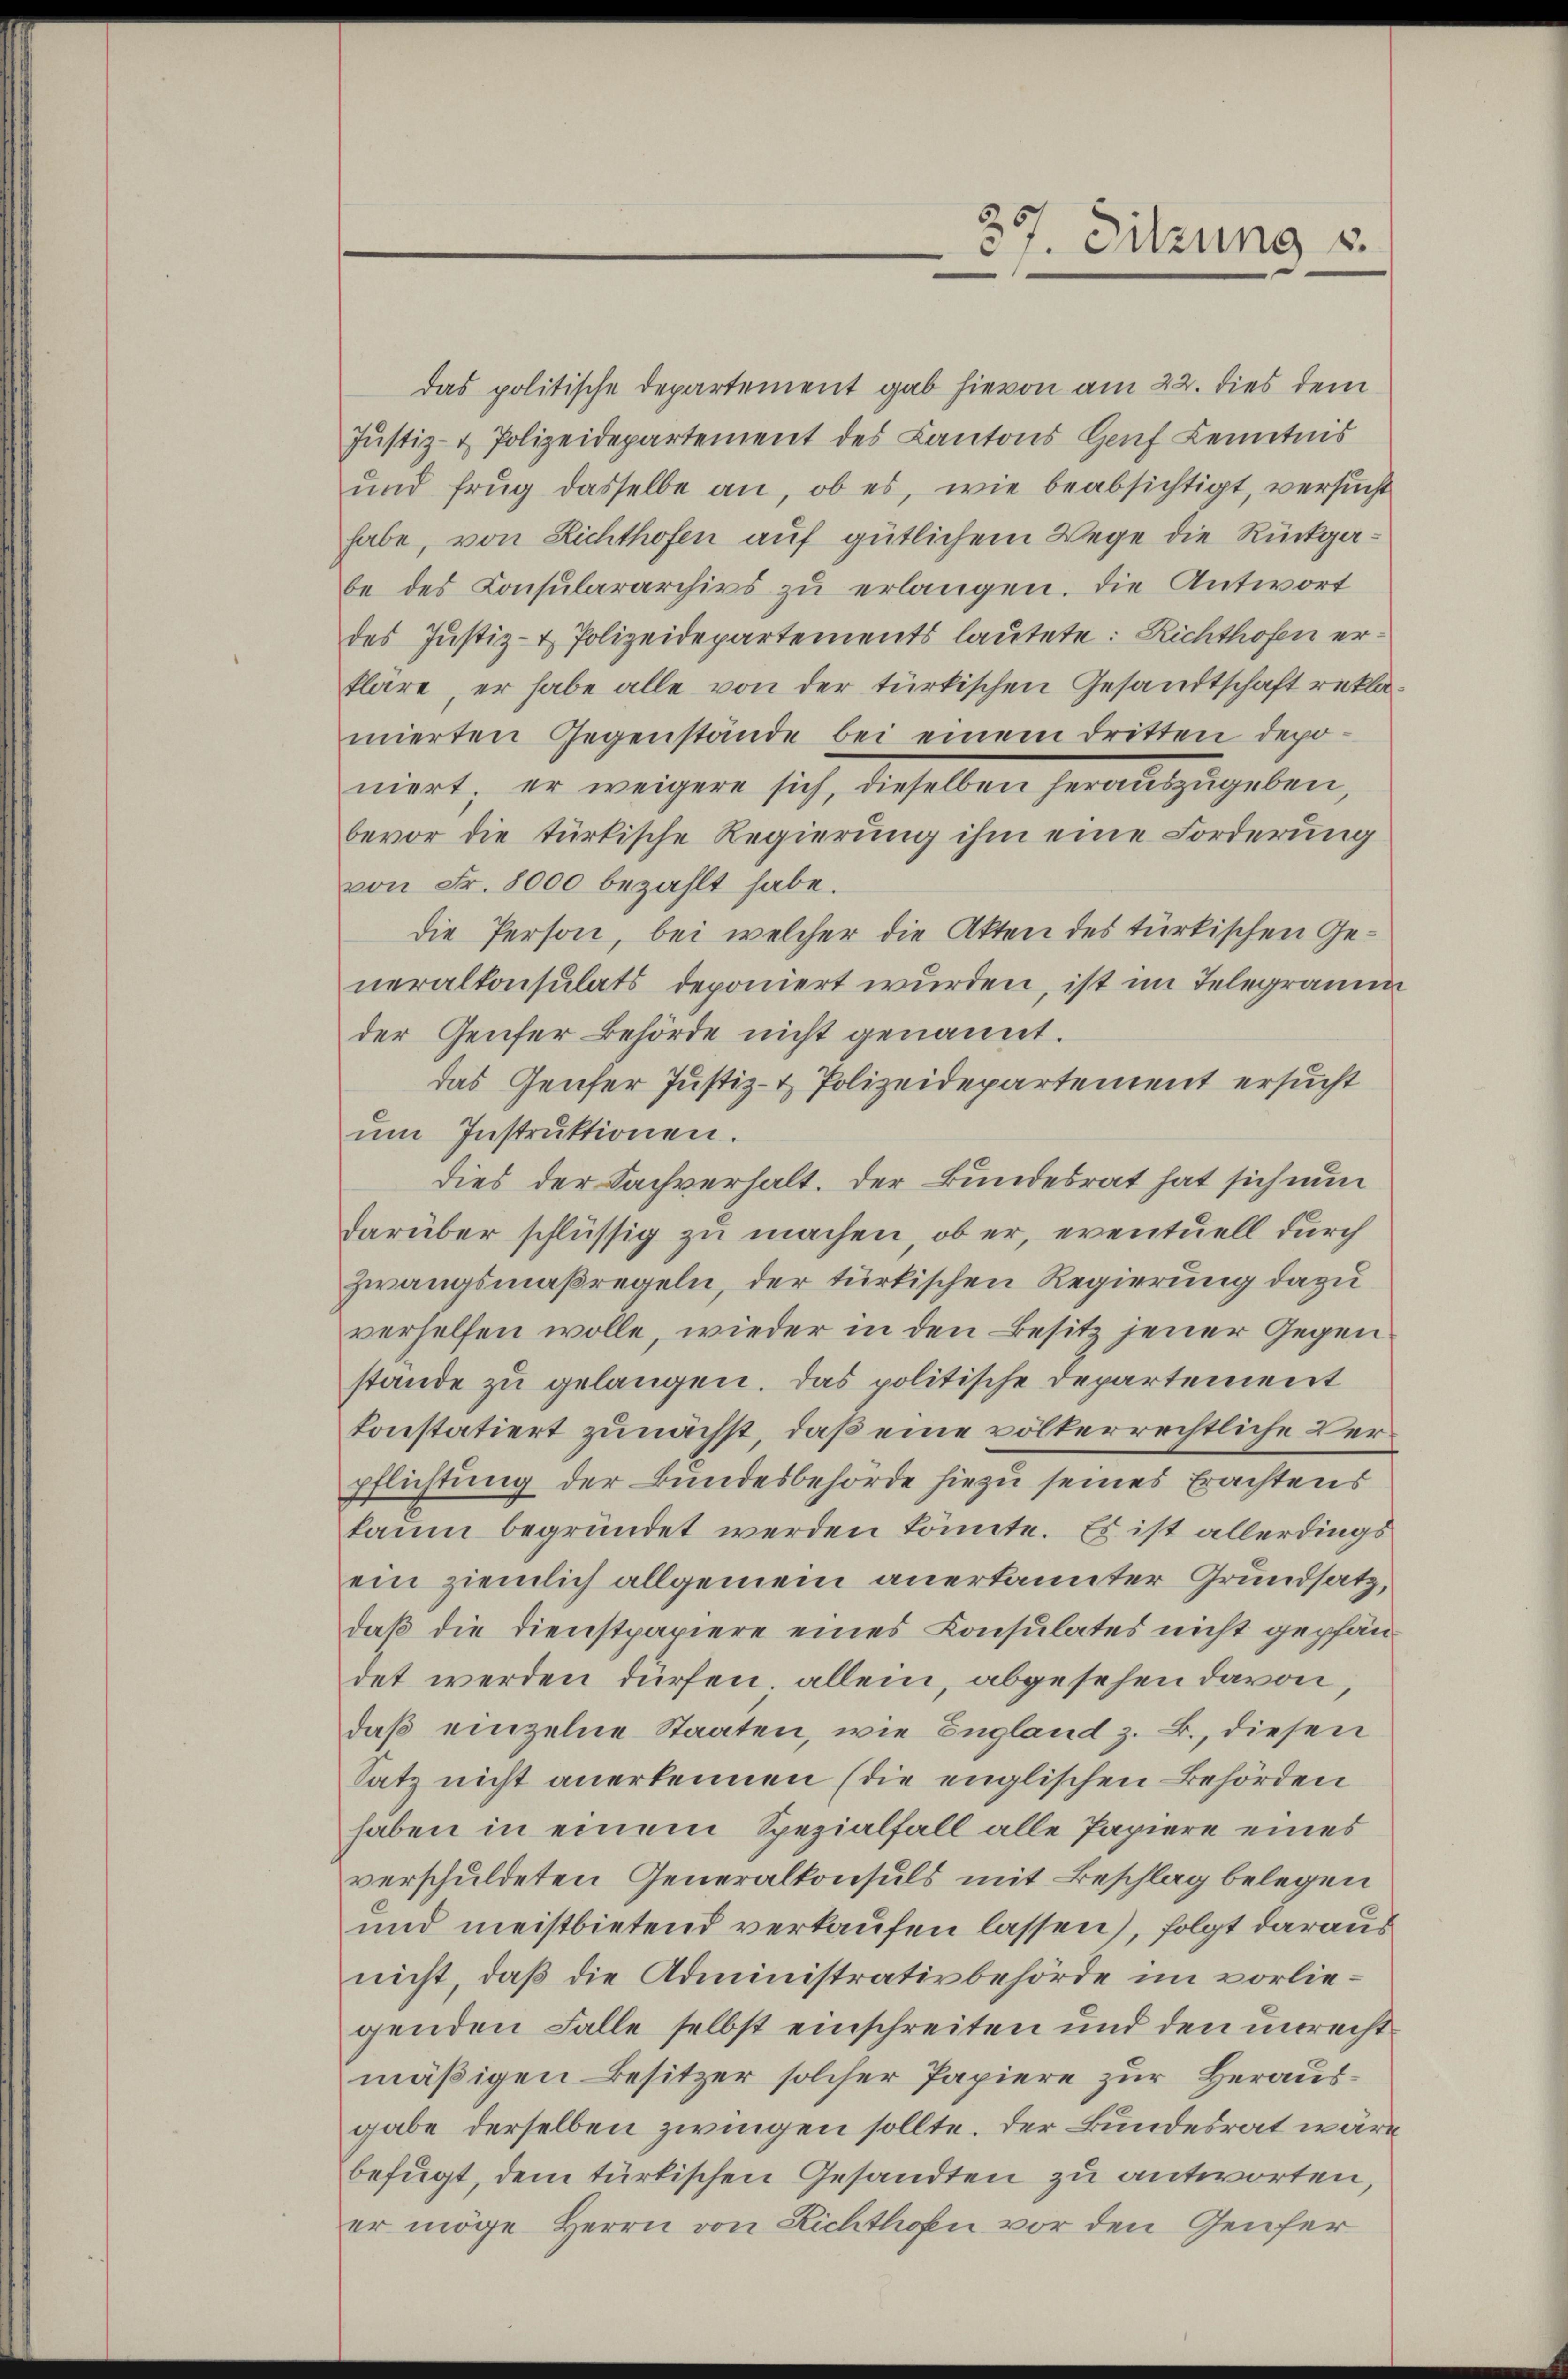
das politische Departement gab hievon am 22. dies dem
Jŭstiz- & Polizeidepartement des Kantons Genf Kenntnis
und frug dasselbe an, ob es, wie beabsichtigt, versucht
habe, von Richthofen auf gütlichem Wege die Rückgabe des Consulararchivs zu erlangen. Die Antwort
des Justiz- & Polizeidepartements lautete: Richthofen erkläre, er habe alle von der türkischen Gesandtschaft reklamierten Gegenstände bei einem Dritten deponiert, er weigere sich, dieselben herantzugeben,
bevor die türkische Regierung ihm eine Forderung
von Fr. 8000 bezahlt habe.
die Person, bei welcher die Akten des türkischen Generalkonsulats deponiert wurden, ist im Telegramm
der Genfer Behörde nicht genannt.
das Genfer Justiz- & Polizeidepartement ersucht
ŭm Instrŭktionen.
dies der Sachverhalt. Der Bundesrat hat sich nun
darüber schlüssig zu machen, ob er, eventuell durch
Zwangsmaßregeln, der türkischen Regierung dazu
verhelfen wolle, wieder in den Besitz jener Gegenstande zu gelangen. Das politische Departement
konstatiert zunächst, daß eine völkerrechtliche Verpflichtung der Bundesbehörde hiezu seines Erachtens
kaum begründet werden könnte. Es ist allerdings
ein ziemlich allgemein anerkannter Grundsatz,
daß die Dienstpapiere eines Konsulates nicht gepfändet werden dürfen, allein, abgesehen davon
daß einzelne Staaten, wie England z. B., diesen
Satz nicht anerkennen (die englischen Behörden
haben in einem Spezialfall alle Papiere eines
verschuldeten Generalkonsuls mit Beschlag belegen
und meistbietend verkaufen lassen), folgt daraus
nicht, daß die Administrativbehörde im vorliegenden Falle selbst einschreiten und den unrechtmäßigen Besitzer solcher Papiere zur Herausgabe derselben zwingen sollte. Der Bundesrat wäre
befugt, dem türkischen Gesandten zu antworten,
er möge Herrn von Richthon vor den Genfer

357. Sitzung u.